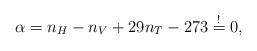
LaTeX: \begin{align*}\alpha = n_H - n_V + 29 n_T -273 \stackrel{!}{=} 0,\end{align*}